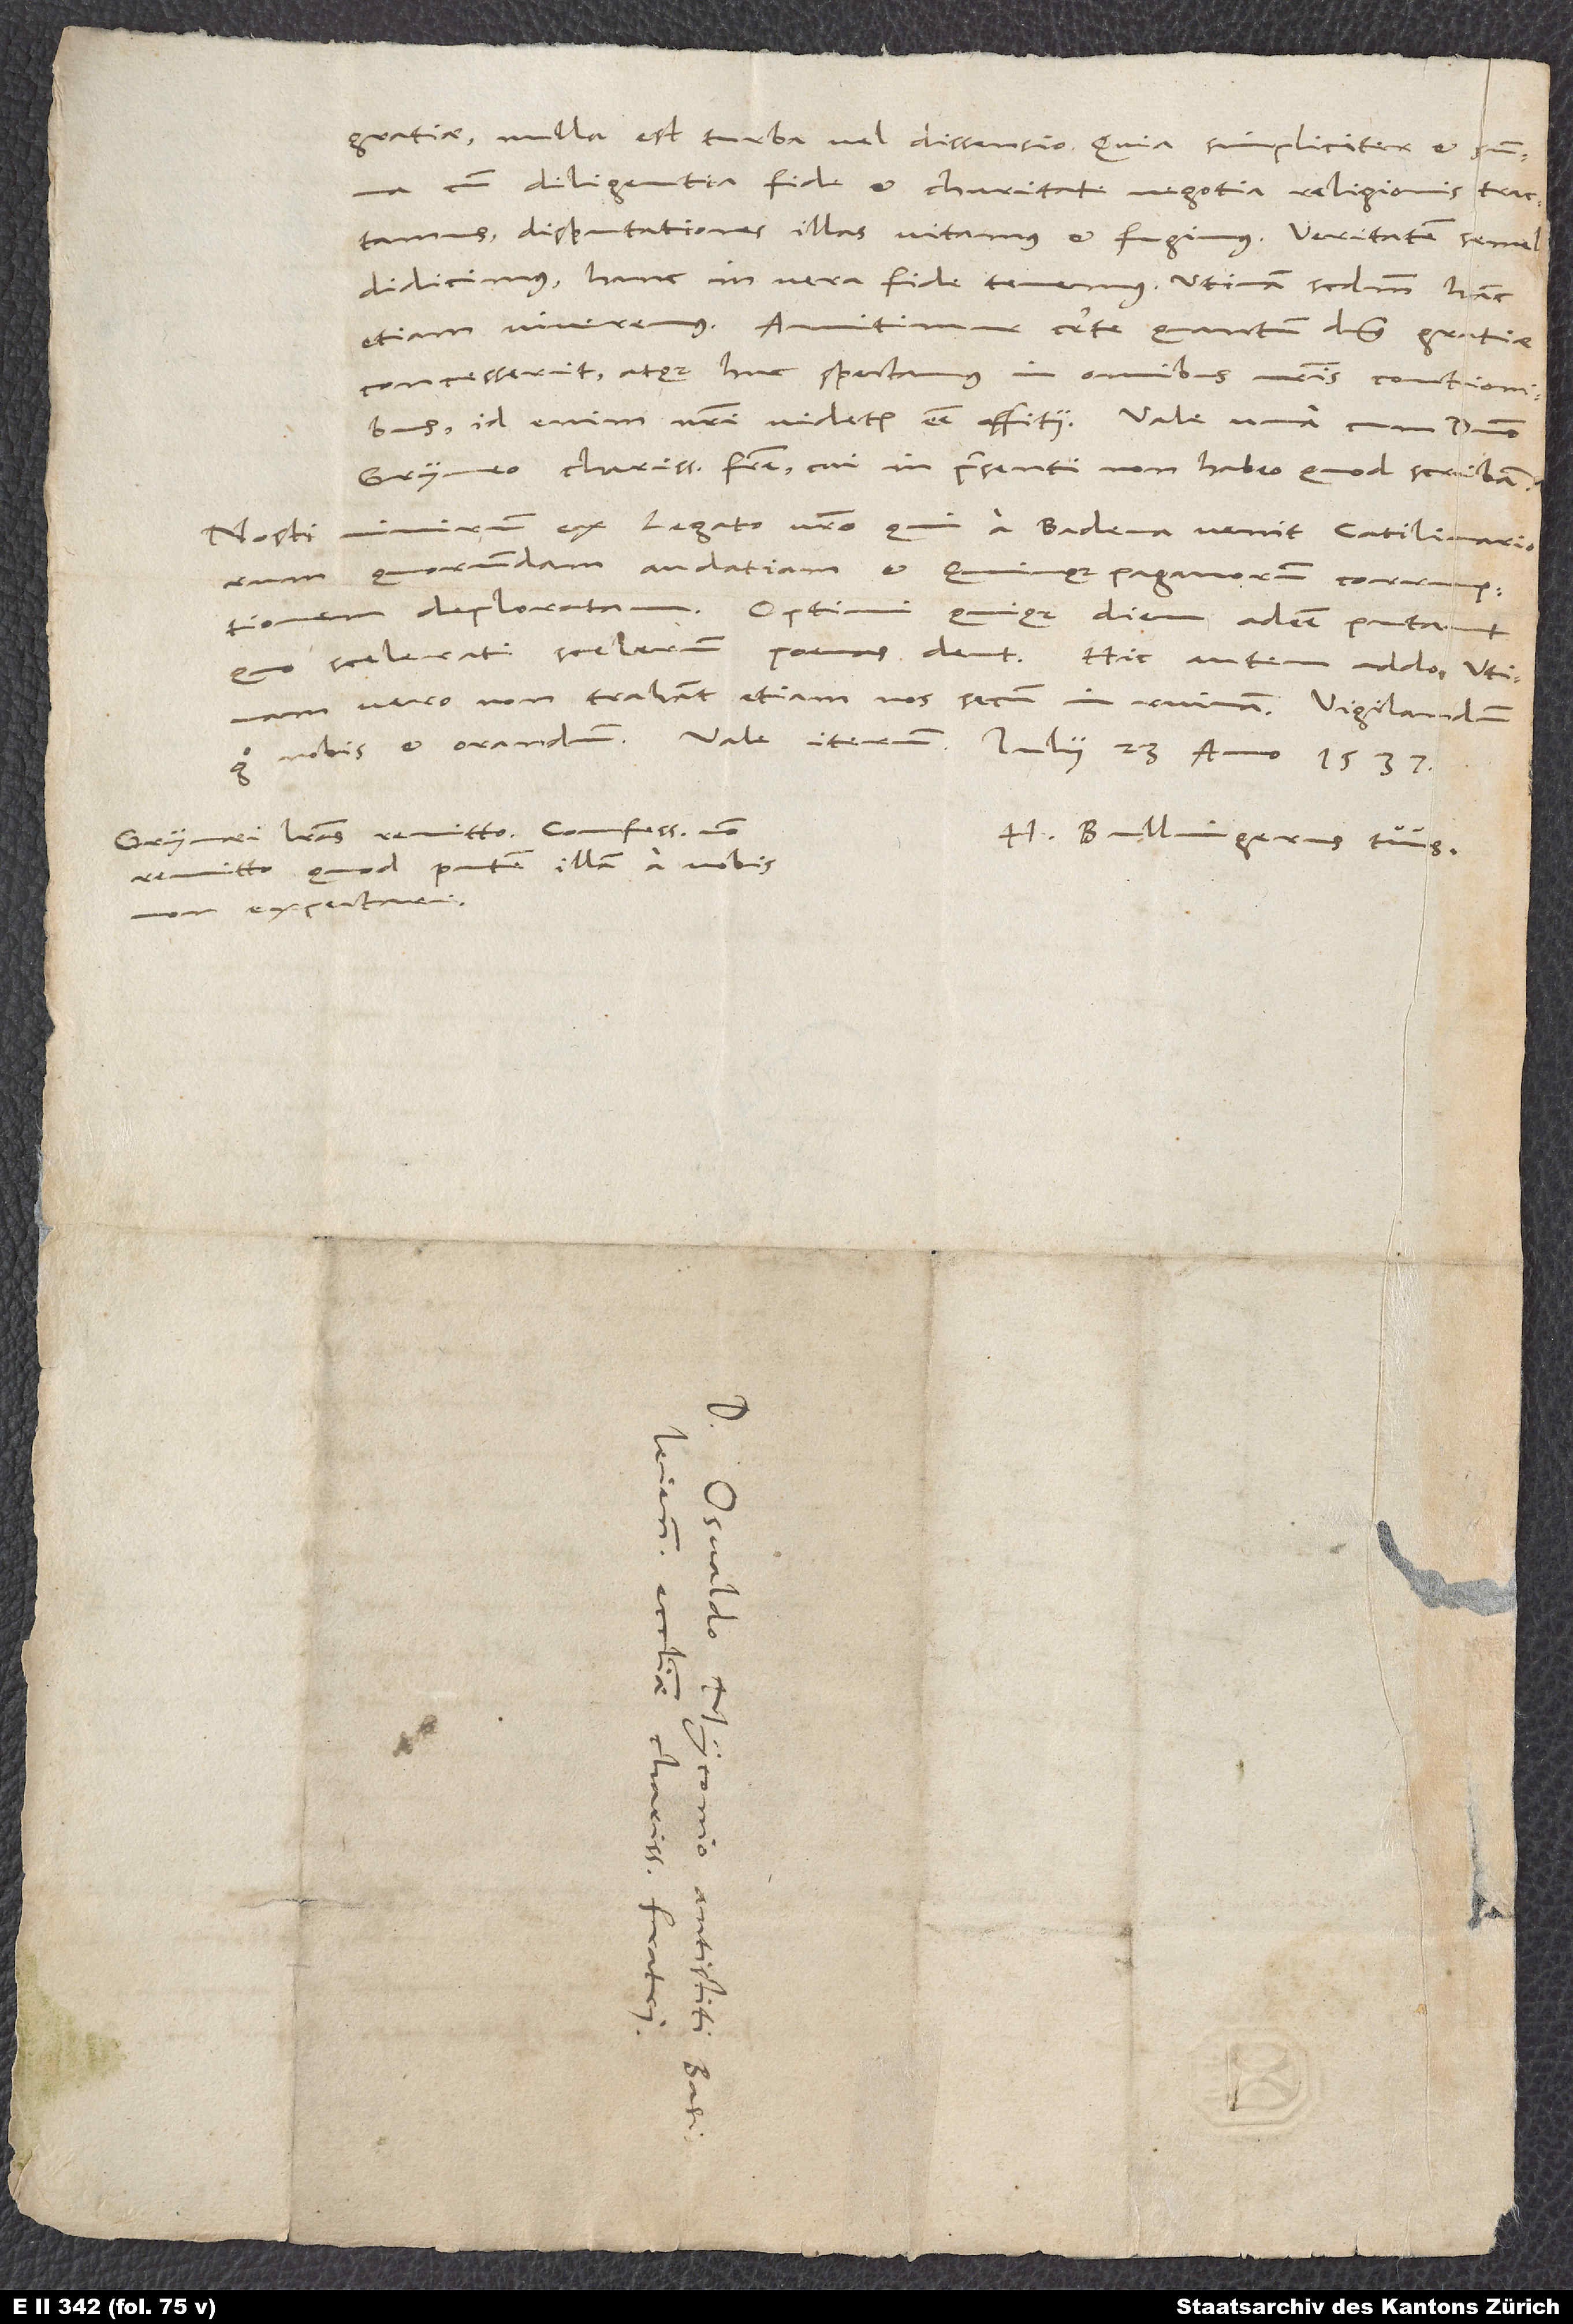
gratiae, nulla est turba vel dissensio, quia simpliciter et summa
cum diligentia, fide et charitate negotia religionis tractamus,
disputationes illas vitamus et fugimus. Veritatem semel
didicimus, hanc in vera fide tenemus. Utinam secundum hanc
etiam viveremus. Annitimur certe, quantum dominus gratiae
concesserit, atque huc spectamus in omnibus nostris contionibus;
Gryneo, charissimo fratre, cui in praesenti non habeo, quod scribam.
Nosti nimirum ex legato vestro, qui a Badena venit, Catilinariorum
quorundam audatiam et Quinquepaganorum corruptionem
deploratam. Optimi quique diem adesse putant,
quo scelerati scelerum poenas dent. Hic autem addo: Utinam
vero non trahant etiam nos secum in ruinam. Vigilandum
Grynaei literas remitto. Confessionem non
H. Bullingerus tuus.
remitto, quod putem illam a vobis
expectari.